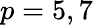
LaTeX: p=5,7